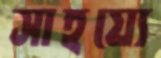
সাহয্যে